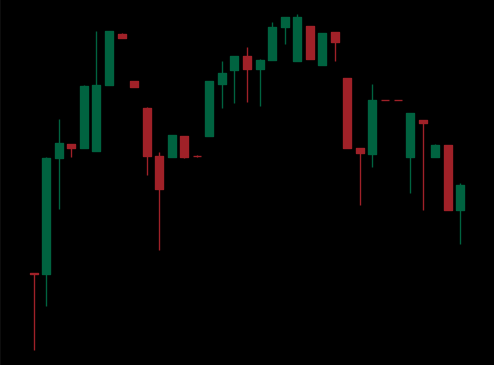
Pattern: head_shoulders